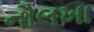
નૌલખા